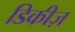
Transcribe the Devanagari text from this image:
डिकीज़